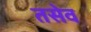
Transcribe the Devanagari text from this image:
तसेव